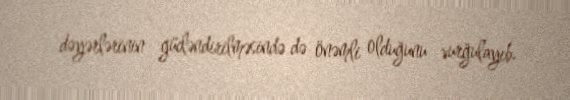
dəyərlərinin gücləndirilməsində də önəmli olduğunu vurğulayıb.